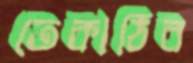
তেকাঠির